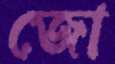
জো